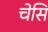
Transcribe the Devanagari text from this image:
चेसि